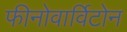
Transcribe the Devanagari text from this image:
फीनोवार्विटोन